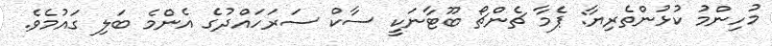
މުހިންމު ކުޅުންތެރިޔާ: ޕެމާ ޗެންޗޯ ބޫޓާނަކީ ސާކް ސަރަހައްދުގެ އެންމެ ބަލި ގައުމެވެ.